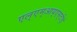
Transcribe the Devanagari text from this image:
एल्‌एम्‌आय्‌एस्‌टीई